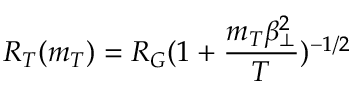
R _ { T } ( m _ { T } ) = R _ { G } ( 1 + \frac { m _ { T } \beta _ { \bot } ^ { 2 } } { T } ) ^ { - 1 / 2 }